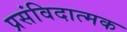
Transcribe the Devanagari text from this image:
प्रसंविदात्मक